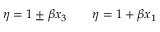
\eta = 1 \pm \beta x _ { 3 } \qquad \eta = 1 + \beta x _ { 1 }